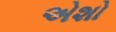
એશો